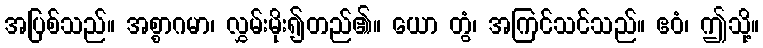
အပြစ်သည်။ အစ္စာဂမာ၊ လွှမ်းမိုး၍တည်၏။ ယော တွံ၊ အကြင်သင်သည်။ ဧဝံ၊ ဤသို့။